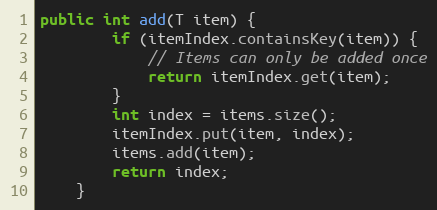
Language: Java
public int add(T item) {
		if (itemIndex.containsKey(item)) {
			// Items can only be added once
			return itemIndex.get(item);
		}
		int index = items.size();
		itemIndex.put(item, index);
		items.add(item);
		return index;
	}